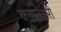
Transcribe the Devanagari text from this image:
कपालेश्वरी